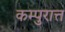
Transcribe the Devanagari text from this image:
कम्पुरात्त